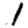
Digit: 1